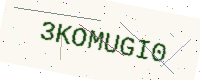
Text: 3KOMUGI0